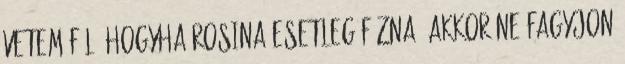
vetem föl, hogyha Rosina esetleg fázna, akkor ne fagyjon